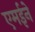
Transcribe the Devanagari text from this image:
एमईने